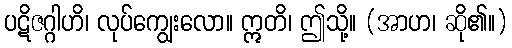
ပဋိဇဂ္ဂါဟိ၊ လုပ်ကျွေးလော။ ဣတိ၊ ဤသို့။ (အာဟ၊ ဆို၏။)